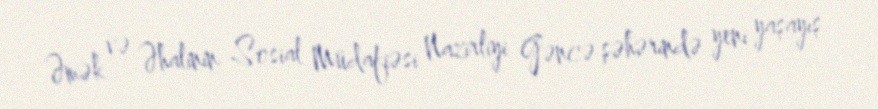
Əmək və Əhalinin Sosial Müdafiəsi Nazirliyi Gəncə şəhərində yeni yaşayış